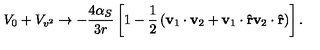
V _ { 0 } + V _ { v ^ { 2 } } \rightarrow - \frac { 4 \alpha _ { S } } { 3 r } \left[ 1 - \frac { 1 } { 2 } \left( \bf v _ { \mathrm { 1 } } \cdot v _ { \mathrm { 2 } } + v _ { \mathrm { 1 } } \cdot \hat { r } v _ { \mathrm { 2 } } \cdot \hat { r } \right) \right] .